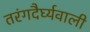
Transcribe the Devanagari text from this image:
तरंगदैर्घ्यवाली